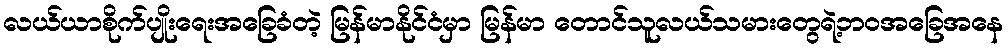
လယ်ယာစိုက်ပျိုးရေးအခြေခံတဲ့ မြန်မာနိုင်ငံမှာ မြန်မာ တောင်သူလယ်သမားတွေရဲ့ဘဝအခြေအနေ